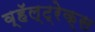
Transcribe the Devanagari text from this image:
व्हॅल्ट्रेक्स